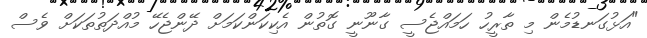
"އަޅުގަނޑުމެން މި ތާރީހު ހަމައްޖެސީ ގާނޫނީ ގޮތުން އެކިކަންކަމަށް ދޭންޖެހޭ މުއްދަތުތަކަށް ވެސް